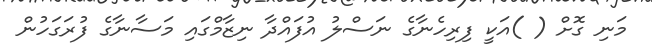
މަނި ގޮށް ( )އަކީ ފިރިހެނާގެ ނަސްލު އުފައްދާ ނިޒާމްގައި މަސާނާގެ ފުރަގަހުން